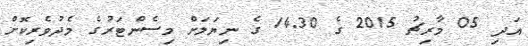
އަދި 05 މާރިޗު 2015 ގެ 14.30 ގެ ނިޔަލަށް މިސެންޓަރުގެ މެދުވެރިކޮށް